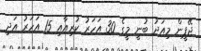
ޖޭޕީން މިއަދު ބުނީ މީގެ 30 އަހަރު ކުރިއާއި 15 އަހަރު އަދި